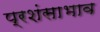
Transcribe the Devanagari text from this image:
प्रशंसाभाव